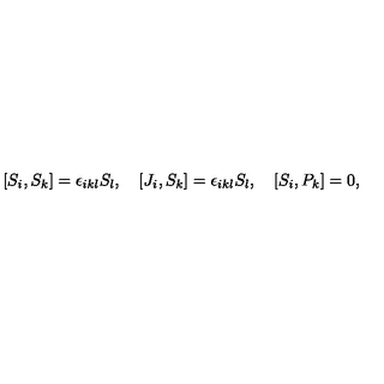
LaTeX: [ S _ { i } , S _ { k } ] = \epsilon _ { i k l } S _ { l } , \quad [ J _ { i } , S _ { k } ] = \epsilon _ { i k l } S _ { l } , \quad [ S _ { i } , P _ { k } ] = 0 ,